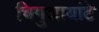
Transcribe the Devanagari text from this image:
चिगुआयांटे